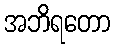
အဘိရတော